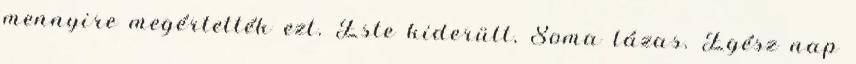
mennyire megértették ezt. Este kiderült, Soma lázas. Egész nap